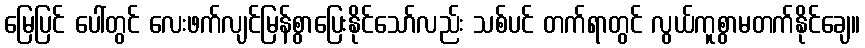
မြေပြင် ပေါ်တွင် လေးဖက်လျင်မြန်စွာပြေးနိုင်သော်လည်း သစ်ပင် တက်ရာတွင် လွယ်ကူစွာမတက်နိုင်ချေ။